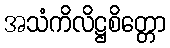
အသံကိလိဋ္ဌစိတ္တော